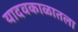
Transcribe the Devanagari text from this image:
यादवकाळातला